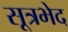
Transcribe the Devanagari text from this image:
सूत्रभेद